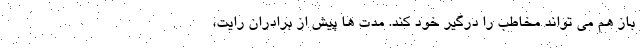
باز هم می تواند مخاطب را درگیر خود کند. مدت ها پیش از برادران رایت،